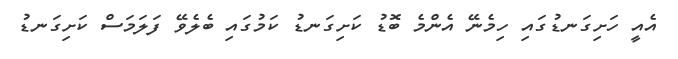
އެއީ ހަށިގަނޑުގައި ހިމެނޭ އެންމެ ބޮޑު ކަށިގަނޑު ކަމުގައި ބެލެވޭ ފަލަމަސް ކަށިގަނޑު